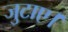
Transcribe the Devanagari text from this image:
जुटाए।